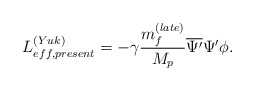
\begin{align*}L_{eff, present}^{(Yuk)}=-\gamma\frac{m_{f}^{(late)}}{M_{p}}\overline{\Psi^{\prime}}\Psi^{\prime}\phi .\end{align*}